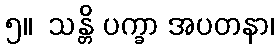
၅။  သန္တိ ပက္ခာ အပတနာ၊